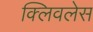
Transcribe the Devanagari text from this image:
क्लिवलेस